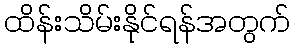
ထိန်းသိမ်းနိုင်ရန်အတွက်